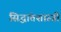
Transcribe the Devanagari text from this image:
सिद्धांतशास्त्री